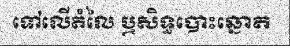
ទៅលើតំលៃ ឬសិទ្ធបោះឆ្នោត